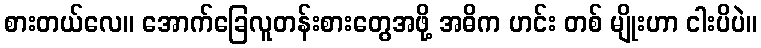
စားတယ်လေ။ အောက်ခြေလူတန်းစားတွေအဖို့ အဓိက ဟင်း တစ် မျိုးဟာ ငါးပိပဲ။